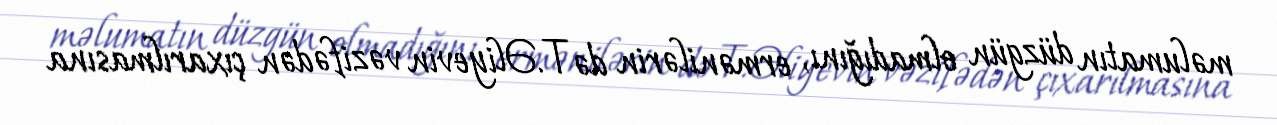
məlumatın düzgün olmadığını, ermənilərin də T.Əliyevin vəzifədən çıxarılmasına